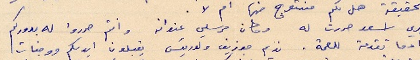
صهري اسعد حررت له وكان مرسلي عنوانه وانتم حرروا له بدوركم